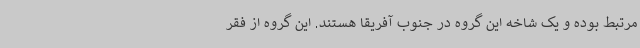
مرتبط بوده و یک شاخه این گروه در جنوب آفریقا هستند. این گروه از فقر